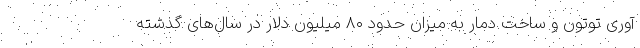
آوری توتون و ساخت دمار به میزان حدود ۸۰ میلیون دلار در سال‌های گذشته